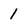
Character: 1